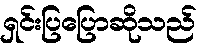
ရှင်းပြပြောဆိုသည်